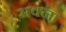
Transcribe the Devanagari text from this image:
सक्ना